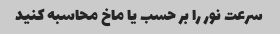
سرعت نور را بر حسب یا ماخ محاسبه کنید